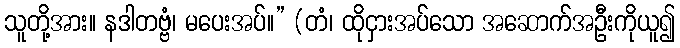
သူတို့အား။ နဒါတဗ္ဗံ၊ မပေးအပ်။” (တံ၊ ထိုငှားအပ်သော အဆောက်အဦးကိုယူ၍